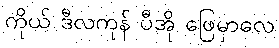
ကိုယ် ဒီလကုန် ပီအို ဖြေမှာလေ